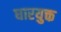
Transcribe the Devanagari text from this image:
धारयुक्त